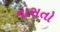
નાસતો